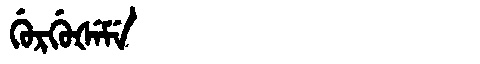
Manchu: ᡤᡠᡵᡤᡠᡧᡝᠮᡝ
Romanization: GURGUŠEME